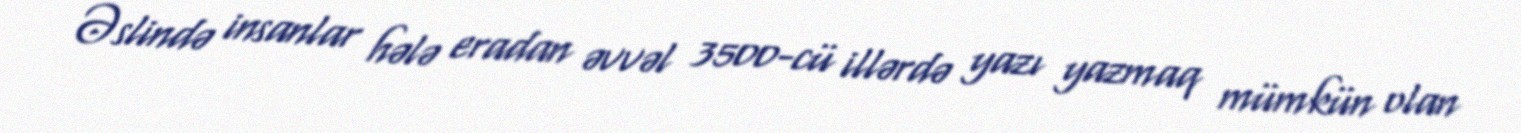
Əslində insanlar hələ eradan əvvəl 3500-cü illərdə yazı yazmaq mümkün olan